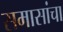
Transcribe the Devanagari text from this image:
समासांचा